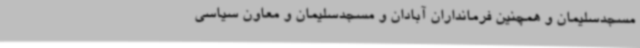
مسجدسلیمان و همچنین فرمانداران آبادان و مسجدسلیمان و معاون سیاسی